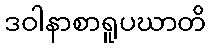
ဒဝါနာစာရူပဃာတိ